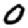
Digit: 0